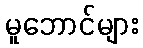
မူဘောင်များ